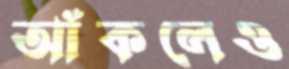
আঁকলেও